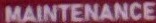
MAINTENANCE